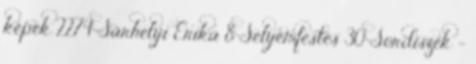
képek 2274 Sárhelyi Erika 8 Selyemfestés 30 Sordíszek -